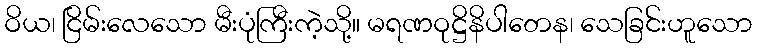
ဝိယ၊ ငြိမ်းလေသော မီးပုံကြီးကဲ့သို့။ မရဏဝုဋ္ဌိနိပါတေန၊ သေခြင်းဟူသော